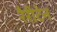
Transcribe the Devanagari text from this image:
रैरीटेन